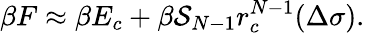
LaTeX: \beta F\approx\beta E_{c}+\beta{\cal S}_{N-1}r_{c}^{N-1}(\Delta\sigma).